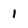
Character: 1